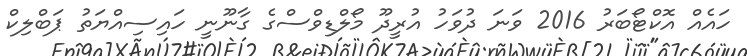
ހައެއް އޮކްޓޯބަރު 2016 ވަނަ ދުވަހު އުރީދޫ މޯލްޑިވްސްގެ ގާނޫނީ ހައިސިއްޔަތު ޕަބްލިކް